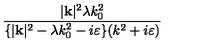
\frac { | \mathbf { k } | ^ { 2 } \lambda k _ { 0 } ^ { 2 } } { \{ | \mathbf { k } | ^ { 2 } - \lambda k _ { 0 } ^ { 2 } - i \varepsilon \} ( k ^ { 2 } + i \varepsilon ) }